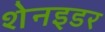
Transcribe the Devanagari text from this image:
शेनइडर